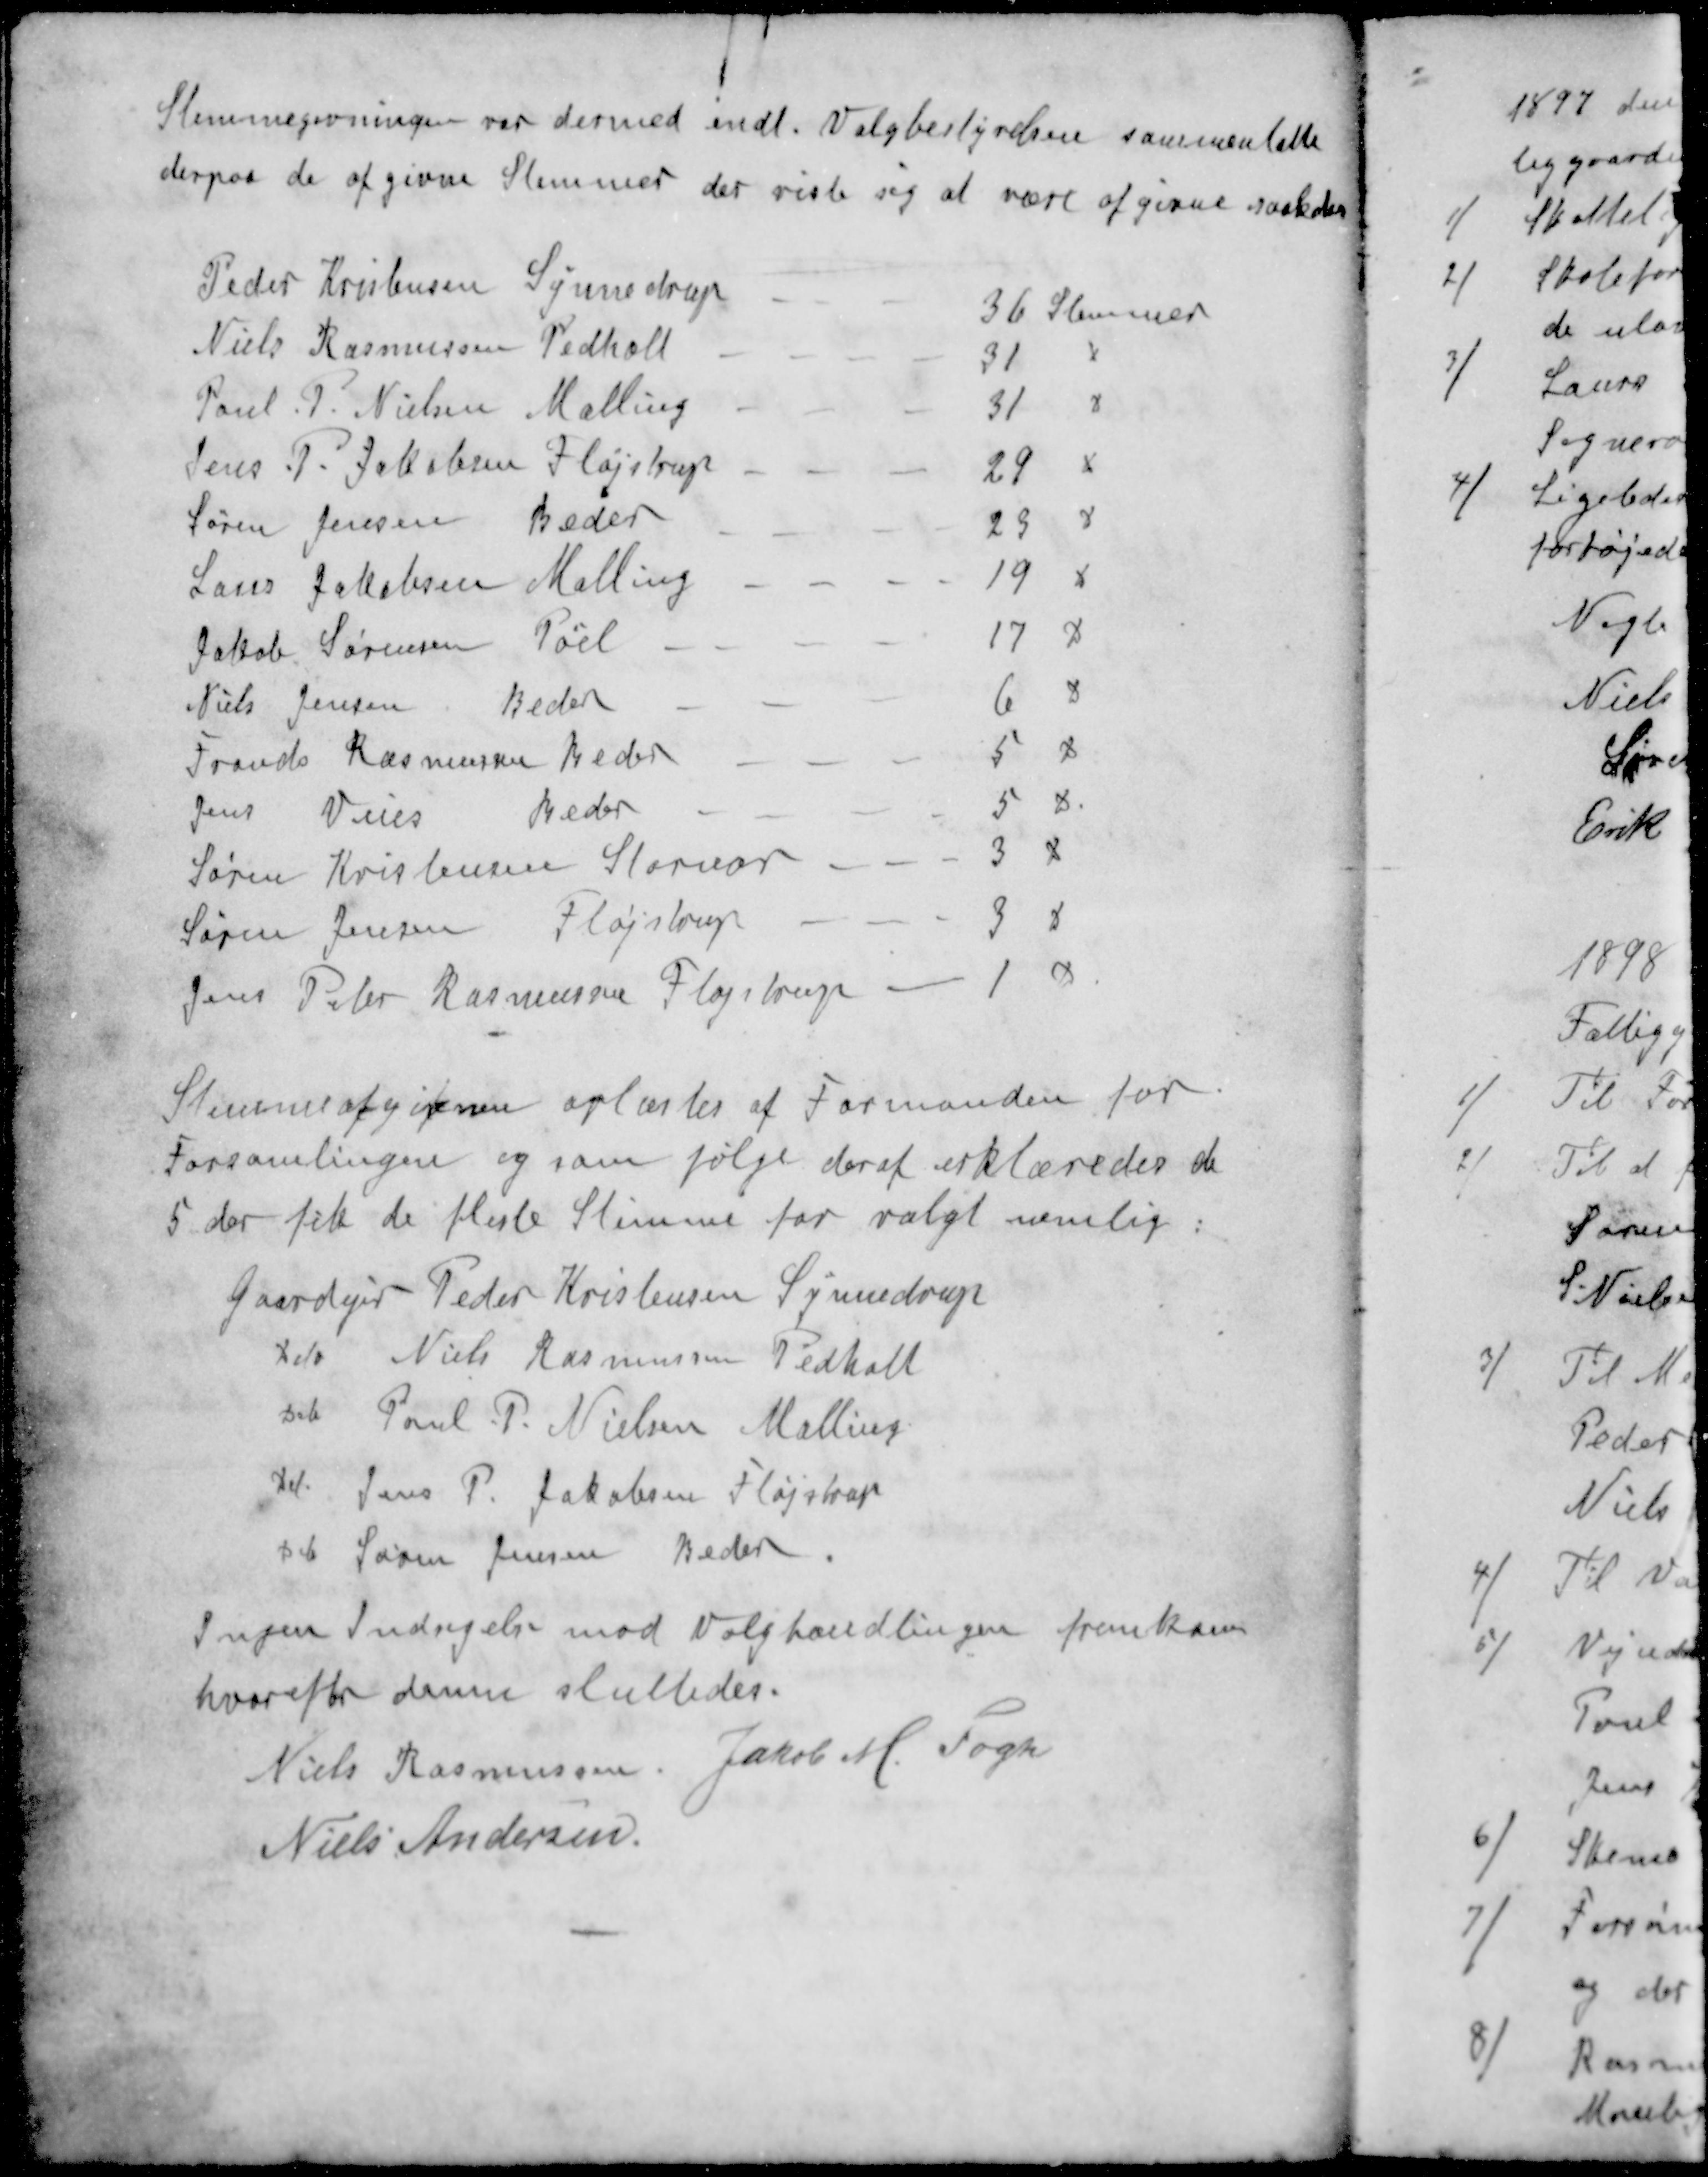
Transskription:
Stemmegivningen var dermed indl. Valgbestyrelsen sammentalte
derpaa de af givne Stemmer der viste sig at være afgivne saaledes
Peder Kristensen Synnedrup
36 Stemmer
Niels Rasmussen Pedholt
31 x
Poul P. Nielsen Malling
31 x
Jens P. Jakobsen Fløjstrup
29 x
Søren Jensen Beder
29 x
Laus Jakobsen Malling
19 x
Jakob Sørensen Pøel
17 x
Niels Jensen Beder
6 x
Frands Rasmussen Beder
5 x
Jens Veies Beder
5 x
Søren Kristensen Stornor
3 x
Søren Jensen Fløjstrup
3 x
Jens Peter Rasmussen Fløjstrup 
1 x
Stemmerafgivenen oplæstes af Formanden for
Forsamlingen og som følge deraf erklæredes de
5 der fik de fleste Stemme for valgt nemlig:
Gaardejer Peder Kristensen Synnedrup
xdo Niels Rasmussen Pedholt
deb Poul P. Nielsen Malling
deb Jens P. Jakobsen Fløjstrup
deb Søren Jensen Beder
Ingen Indsigelse mod Valghandlingen fremkom
hvorefter denne sluttedes.
Niels Rasmussen
Jakob M Fogh
Niels Andersen